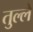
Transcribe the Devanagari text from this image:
तुल्ले